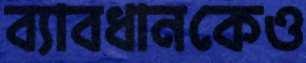
ব্যাবধানকেও